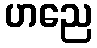
ဟညေ